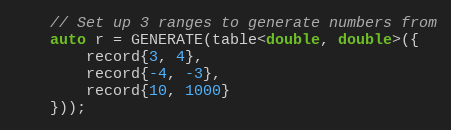
Language: C++
    // Set up 3 ranges to generate numbers from
    auto r = GENERATE(table<double, double>({
        record{3, 4},
        record{-4, -3},
        record{10, 1000}
    }));